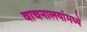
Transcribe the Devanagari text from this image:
वाचनालयांमध्ये